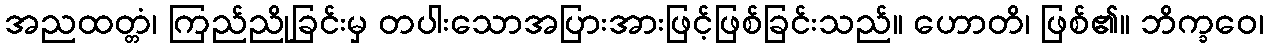
အညထတ္တံ၊ ကြည်ညိုခြင်းမှ တပါးသောအပြားအားဖြင့်ဖြစ်ခြင်းသည်။ ဟောတိ၊ ဖြစ်၏။ ဘိက္ခဝေ၊